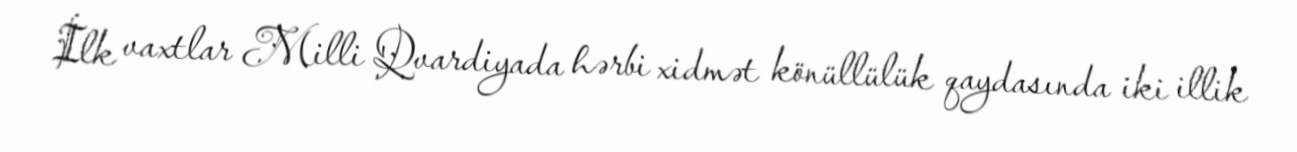
İlk vaxtlar Milli Qvardiyada hərbi xidmət könüllülük qaydasında iki illik